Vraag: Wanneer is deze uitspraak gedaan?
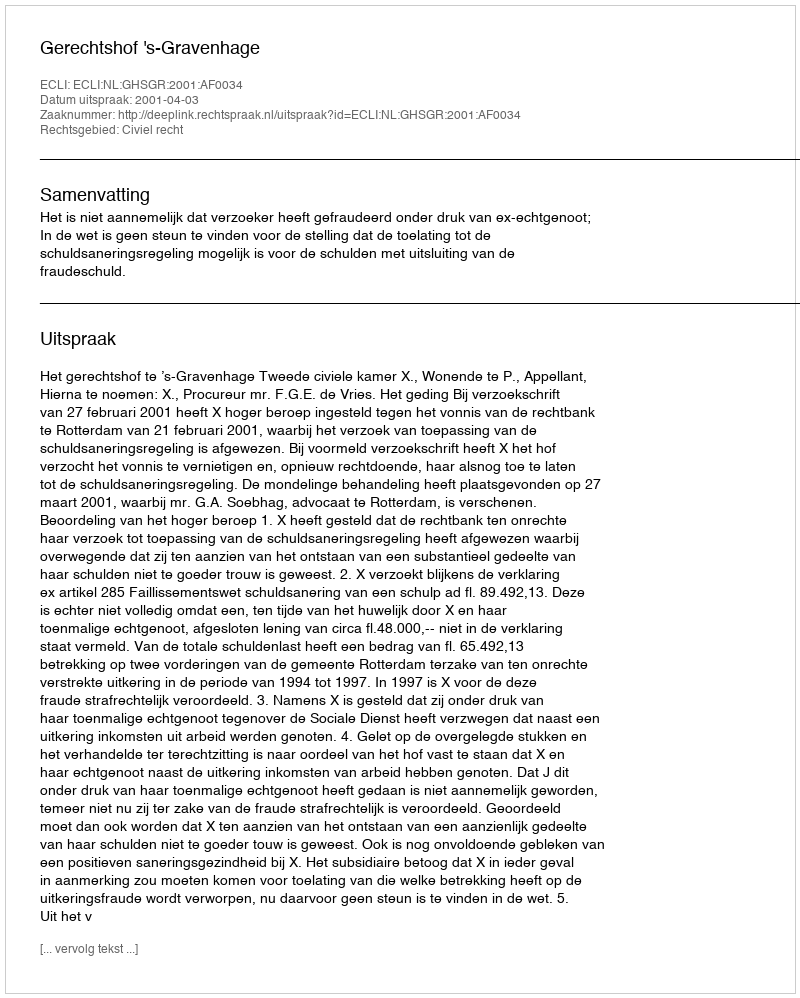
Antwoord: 2001-04-03